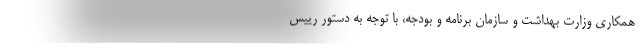
همکاری وزارت بهداشت و سازمان برنامه و بودجه، با توجه به دستور رییس